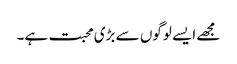
مجھے ایسے لوگوں سے بڑی محبت ہے۔